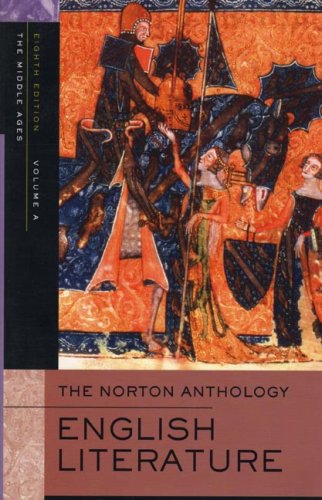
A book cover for The Norton Anthology of English Literature, Volume A: The Middle Ages; M. H. Abrams; Literature & Fiction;